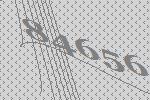
84656